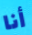
أنا